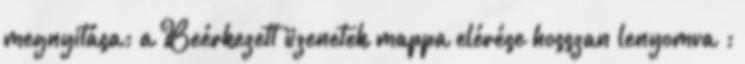
megnyitása; a Beérkezett üzenetek mappa elérése hosszan lenyomva ;